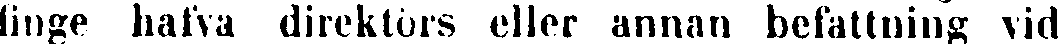
linge halva direktörs eller annan befattning vid